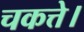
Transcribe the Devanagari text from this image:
चकत्ते।